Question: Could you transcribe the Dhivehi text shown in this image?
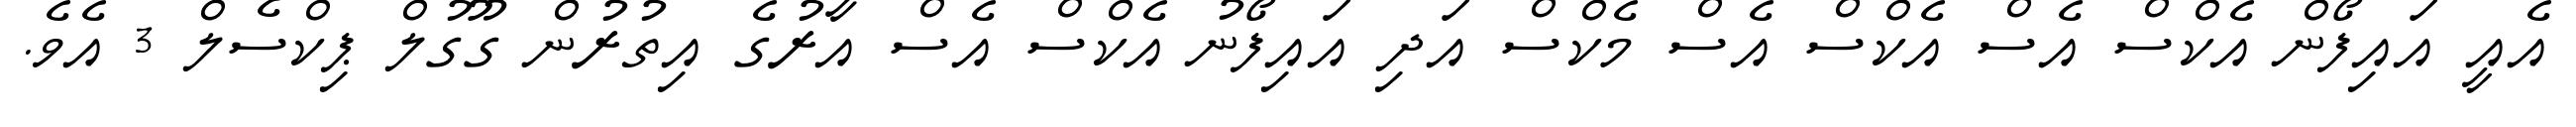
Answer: އެއީ އައިފޯން އެކްސް އެސް އެކްސް އެސް މެކްސް އަދި އައިފޯނު އެކްސް އެސް އާރުގެ އިތުރުން ގޫގުލް ޕިކްސެލް 3 އެވެ.